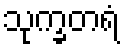
သုက္ခတရံ